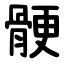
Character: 骾